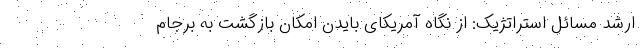
ارشد مسائل استراتژیک: از نگاه آمریکای بایدن امکان بازگشت به برجام